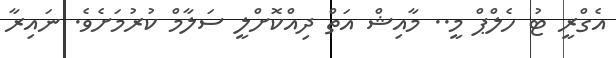
އެގްރީ ޓު ހެލްޕް މީ.. މާއިޝް އަތް ދިއްކޮށްލީ ސަލާމް ކުރުމަށެވެ. ނައިރާ